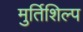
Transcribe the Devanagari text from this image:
मुर्तिशिल्प